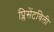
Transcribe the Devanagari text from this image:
प्लिसेंटविली